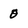
Character: 0